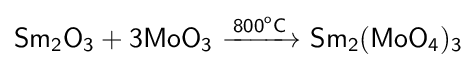
{\mathsf {Sm_{2}O_{3}+3MoO_{3}\ {\xrightarrow {800^{o}C}}\ Sm_{2}(MoO_{4})_{3}}}